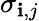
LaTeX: \sigma_{\mathbf{i},j}